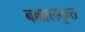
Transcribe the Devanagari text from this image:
बल्लालकृत